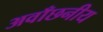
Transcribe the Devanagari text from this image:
अवाँछनीय